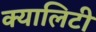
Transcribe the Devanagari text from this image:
क्यालिटी